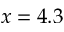
x = 4 . 3